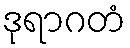
ဒုရာဂတံ